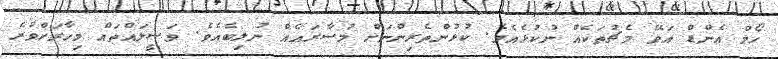
ހޯމް އެންޑް އަވޭ މެޗުތަކެއް ނުކުޅެއެވެ. ކުޅުންތެރިންނަށް މުސާރައެއް ނުލިބެއެވެ. ވަސީލައްތައް މިހާރަށްވުރެ